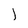
Character: l